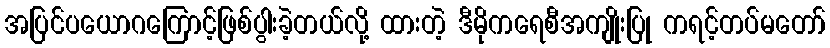
အပြင်ပယောဂကြောင့်ဖြစ်ပွါးခဲ့တယ်လို့ ထားတဲ့ ဒီမိုကရေစီအကျိုးပြု ကရင့်တပ်မတော်